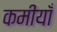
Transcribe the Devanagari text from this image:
कमीयाँ